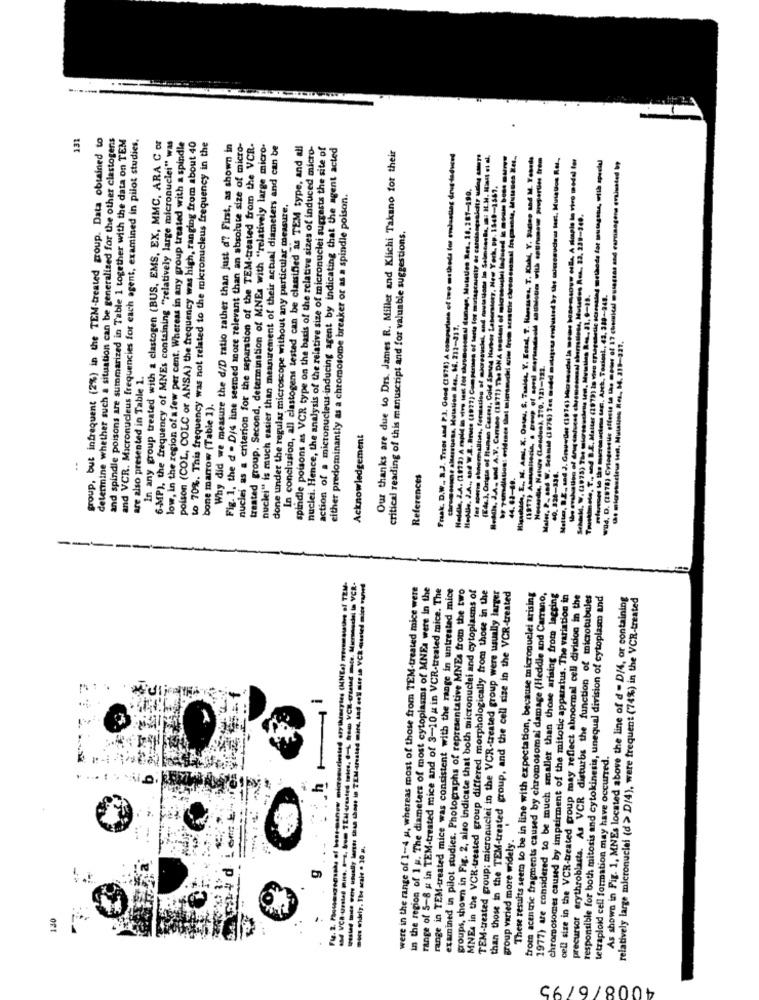
131
group, but infrequent (2%) in the TEM-treated group. Data obtained to
determine whether such a situation can be generalized for the other clastogens
and spindle poisons are summarized in Table 1 together with the data on TEM
and VCR. Micronucleus frequencies for each agent, examined in pilot studies.
In any group treated with a elastogen (BUS, EMS, EX, MMC, ARA C or
6-MP), the frequency of MNEs containing "relatively large micronuclei" was
low, in the region of a few per cent. Whereas in any group treated with a spindle
poison (COL, COLC or ANSA) the frequency was high, ranging from about 40
to 70%. This frequency was not related to the micronucleus frequency in the
Why did we measure the d/D ratio rather than just d'? First, as shown in
Fig. 1. the d . D/s line seemed more relevant than an absolute size of micro-
nuclei as a criterion for the separation of the TEM-treated from the VCR.
treated group. Second, determination of MNEs with "relatively large micro-
nuclei" is much easier than measurement of their actual diameters and can be
In conclusion, all clastogens tested can be classified as TEM type, and all
spindle poisons as VCR type on the basis of the relative sizes of induced micro-
nuclei. Hence, the analysis of the relative size of micronuclei suggests the site of
action of a micronucleus-inducing agent by indicating that the agent acted
Our thanks are due to Drs. James R. Miller and Klichi Takano for their
Fraak. D.W .. 2.3. Trios and P.3. Good (1978) A comparison of two methods for emlasting drug-induced
eddie, J.A. snd A.V. Canado (1871) The DNA postant of microsushi laduest & oum boss urys
(1917) Asquaisecia, a group of sord merendeel suulous with muss properties trem
Maler, P- sad W. Schmid (1976) Tes medd malapena ensbusted by the muczcoucou last. Mulatos Rul,
4 17 chemical mussczas and carcinogens evaluated bp
Hosdie, J.A. (1972) A rapid in vivo test for chromosomal funage, Mutaties Res. 16, 281-190.
(Eds.), Origin of Human Castes, Cold Spring Harbor Laboratory, New York, Pp. 1548-1567.
either predominantly as a chromosome breaker or as a spindle poison.
done under the regular microscope without any particular measure.
critical reading of this manuscript and for valuable suggestions.
Hoddle. 2.A ., and W.S. Bruce (1997) Comparison of teria for mordagraralty az carais
Truustimeto, T ., and B.E. Matter (1979) in vien enuges
1-132.
are also presented in Table 1.
bone marrow (Table 1).
Nessedia, Nature (London),
Acknowledgement
CO. 130-336.
References
44.63-49.
---
2. hem VCK-Cristal mate. Micrmodel In VCR-
were in the range of 1-4 u, whereas most of those from TEM-treated mice were
in the region of 1 g. The diameters of most cytoplasms of MNE: were in the
range of 5-8 g in TEM-treated mice and of 3-10 # in VCR-treated mice. The
range in TEM-treated mice was consistent with the range in untreated mice
examined in pilot studies. Photographs of representative MNEs from the two
groups, shown in Fig. 2. also indicate that both micronuclei and cytoplasms of
MNE4 in the VCK-treated group differed morphologically from those in the
TEM-treated group; micronuclei in the VCR-treated group were usually larger
than those in the TEM-treated group, and the cell size in the VCR-treated
These results seem to be in line with expectation, because micronuclei arising
from acentric fragments caused by chromosomal damage (Heddle and Carrano,
1977) are considered to be much smaller than those arising from lagging
chromosomes caused by impairment of the mitotic apparatus. The variation in
cell size in the VCR-treated group may reflect abnormal cell division in the
precursor erythroblasts. As VCR disturbs the function of microtubules
responsible for both mitosis and cytokinesis, unequal division of cytoplasm and
As shown in Fig. 1, MNEs located above the line of d - D/4, or containing
relatively large micronuclei (d > D/4), were frequent (74%) in the VCR-treated
i
tetraploid cell formation may have occurred.
group varied more widely.
-os widely. The araie . 30 m.
130
4008/6/95